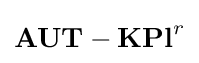
\mathbf {AUT-KPl} ^{r}